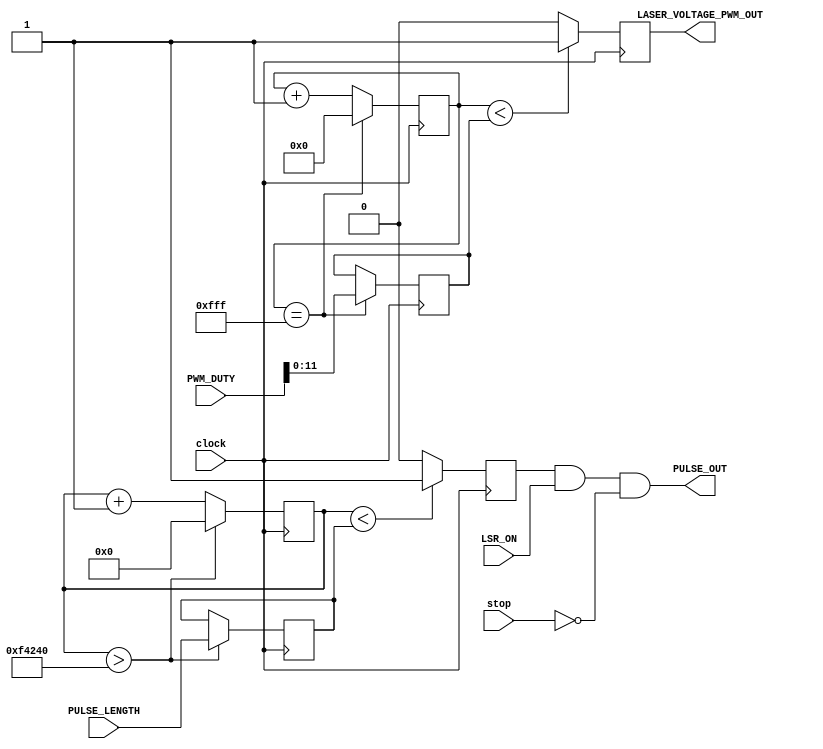
module LASER_PULSE_CONTROL (	
										input clock, stop, LSR_ON,
										input [31:0] PULSE_LENGTH, PWM_DUTY,
																				
										output PULSE_OUT,
										output reg LASER_VOLTAGE_PWM_OUT
									);

reg [31:0] counter_per, pulse_len;
reg [11:0] counter_pwm, duty;
reg pulse;

assign PULSE_OUT = pulse & LSR_ON & (~stop);

always @(posedge clock)
begin
	
	// This counter generates laser pulsse frequency
	
	counter_per <= counter_per + 1'b1;
	
	if (counter_per < pulse_len) pulse <= 1'b1;
	else pulse <= 1'b0;
	
	if (counter_per > 32'hF4240)
		begin
			counter_per <= 32'h0;
			pulse_len <= PULSE_LENGTH;
		end
		
		
	// This counter generates PWM for laser voltage control
		
	counter_pwm <= counter_pwm + 1'b1;
	
	if (counter_pwm < duty) LASER_VOLTAGE_PWM_OUT <= 1'b1;
	else LASER_VOLTAGE_PWM_OUT <= 1'b0;
	
	if (counter_pwm == 4095)
		begin
			counter_pwm <= 0;
			duty <= PWM_DUTY [11:0];
		end
	
end

endmodule